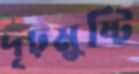
দৃঢ়মুষ্টি